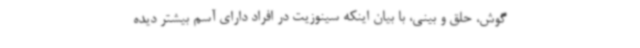
گوش، حلق و بینی، با بیان اینکه سینوزیت در افراد دارای آسم بیشتر دیده